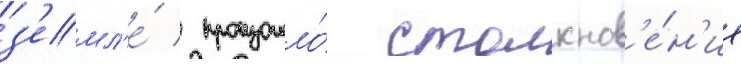
з'емл'е́ / произошло́ столкнов'е́н'ие